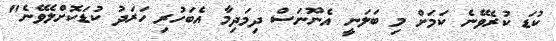
ކުޑަ ކުރެވޭނެ ކަމަށް މި ބަލަނީ އެނޫނަސް ދިމަދިމާ އެބަހުރި ހަރަދު ކުޑަކޮށްލެވޭނެ"